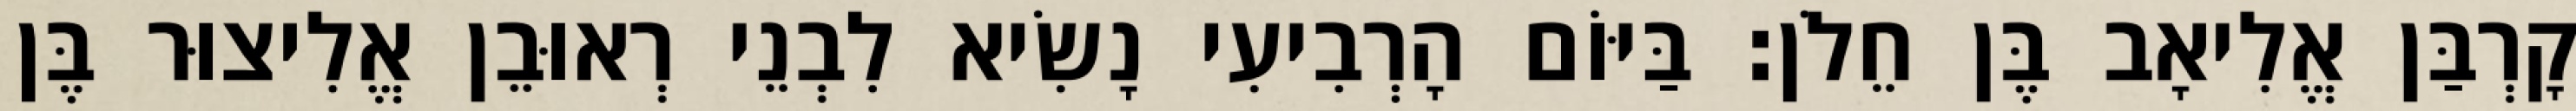
קָרְבַּן אֱלִיאָב בֶּן חֵלֹן׃ בַּיּוֹם הָרְבִיעִי נָשִׂיא לִבְנֵי רְאוּבֵן אֱלִיצוּר בֶּן